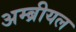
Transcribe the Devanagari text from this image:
अम्ब्रीयल